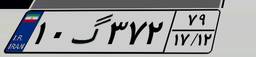
۳۶گ۳۵۰۲۷